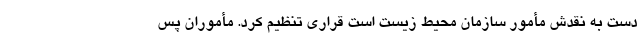
دست به نقدش مأمور سازمان محیط زیست است قراری تنظیم کرد. مأموران پس